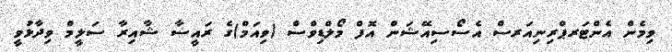
ވިމެން އެންޓަރޕްރިނިއަރސް އެސޯސިއޭޝަން އޮފް މޯލްޑިވްސް (ވިއަމް)ގެ ރައީސާ ޝާއިރާ ސަލީމް ވިދާޅުވީ